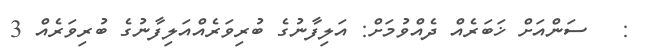
:   ސަންއަށް ޚަބަރެއް ދެއްވުމަށް: އަލިފާނުގެ ބުރިވަރެއްއަލިފާނުގެ ބުރިވަރެއް 3